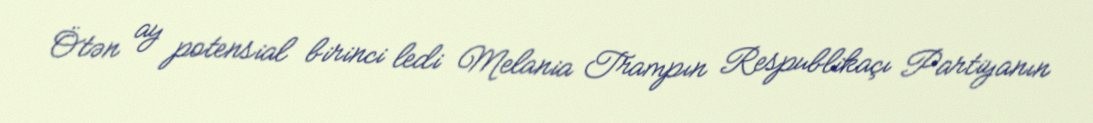
Ötən ay potensial birinci ledi Melania Trampın Respublikaçı Partiyanın